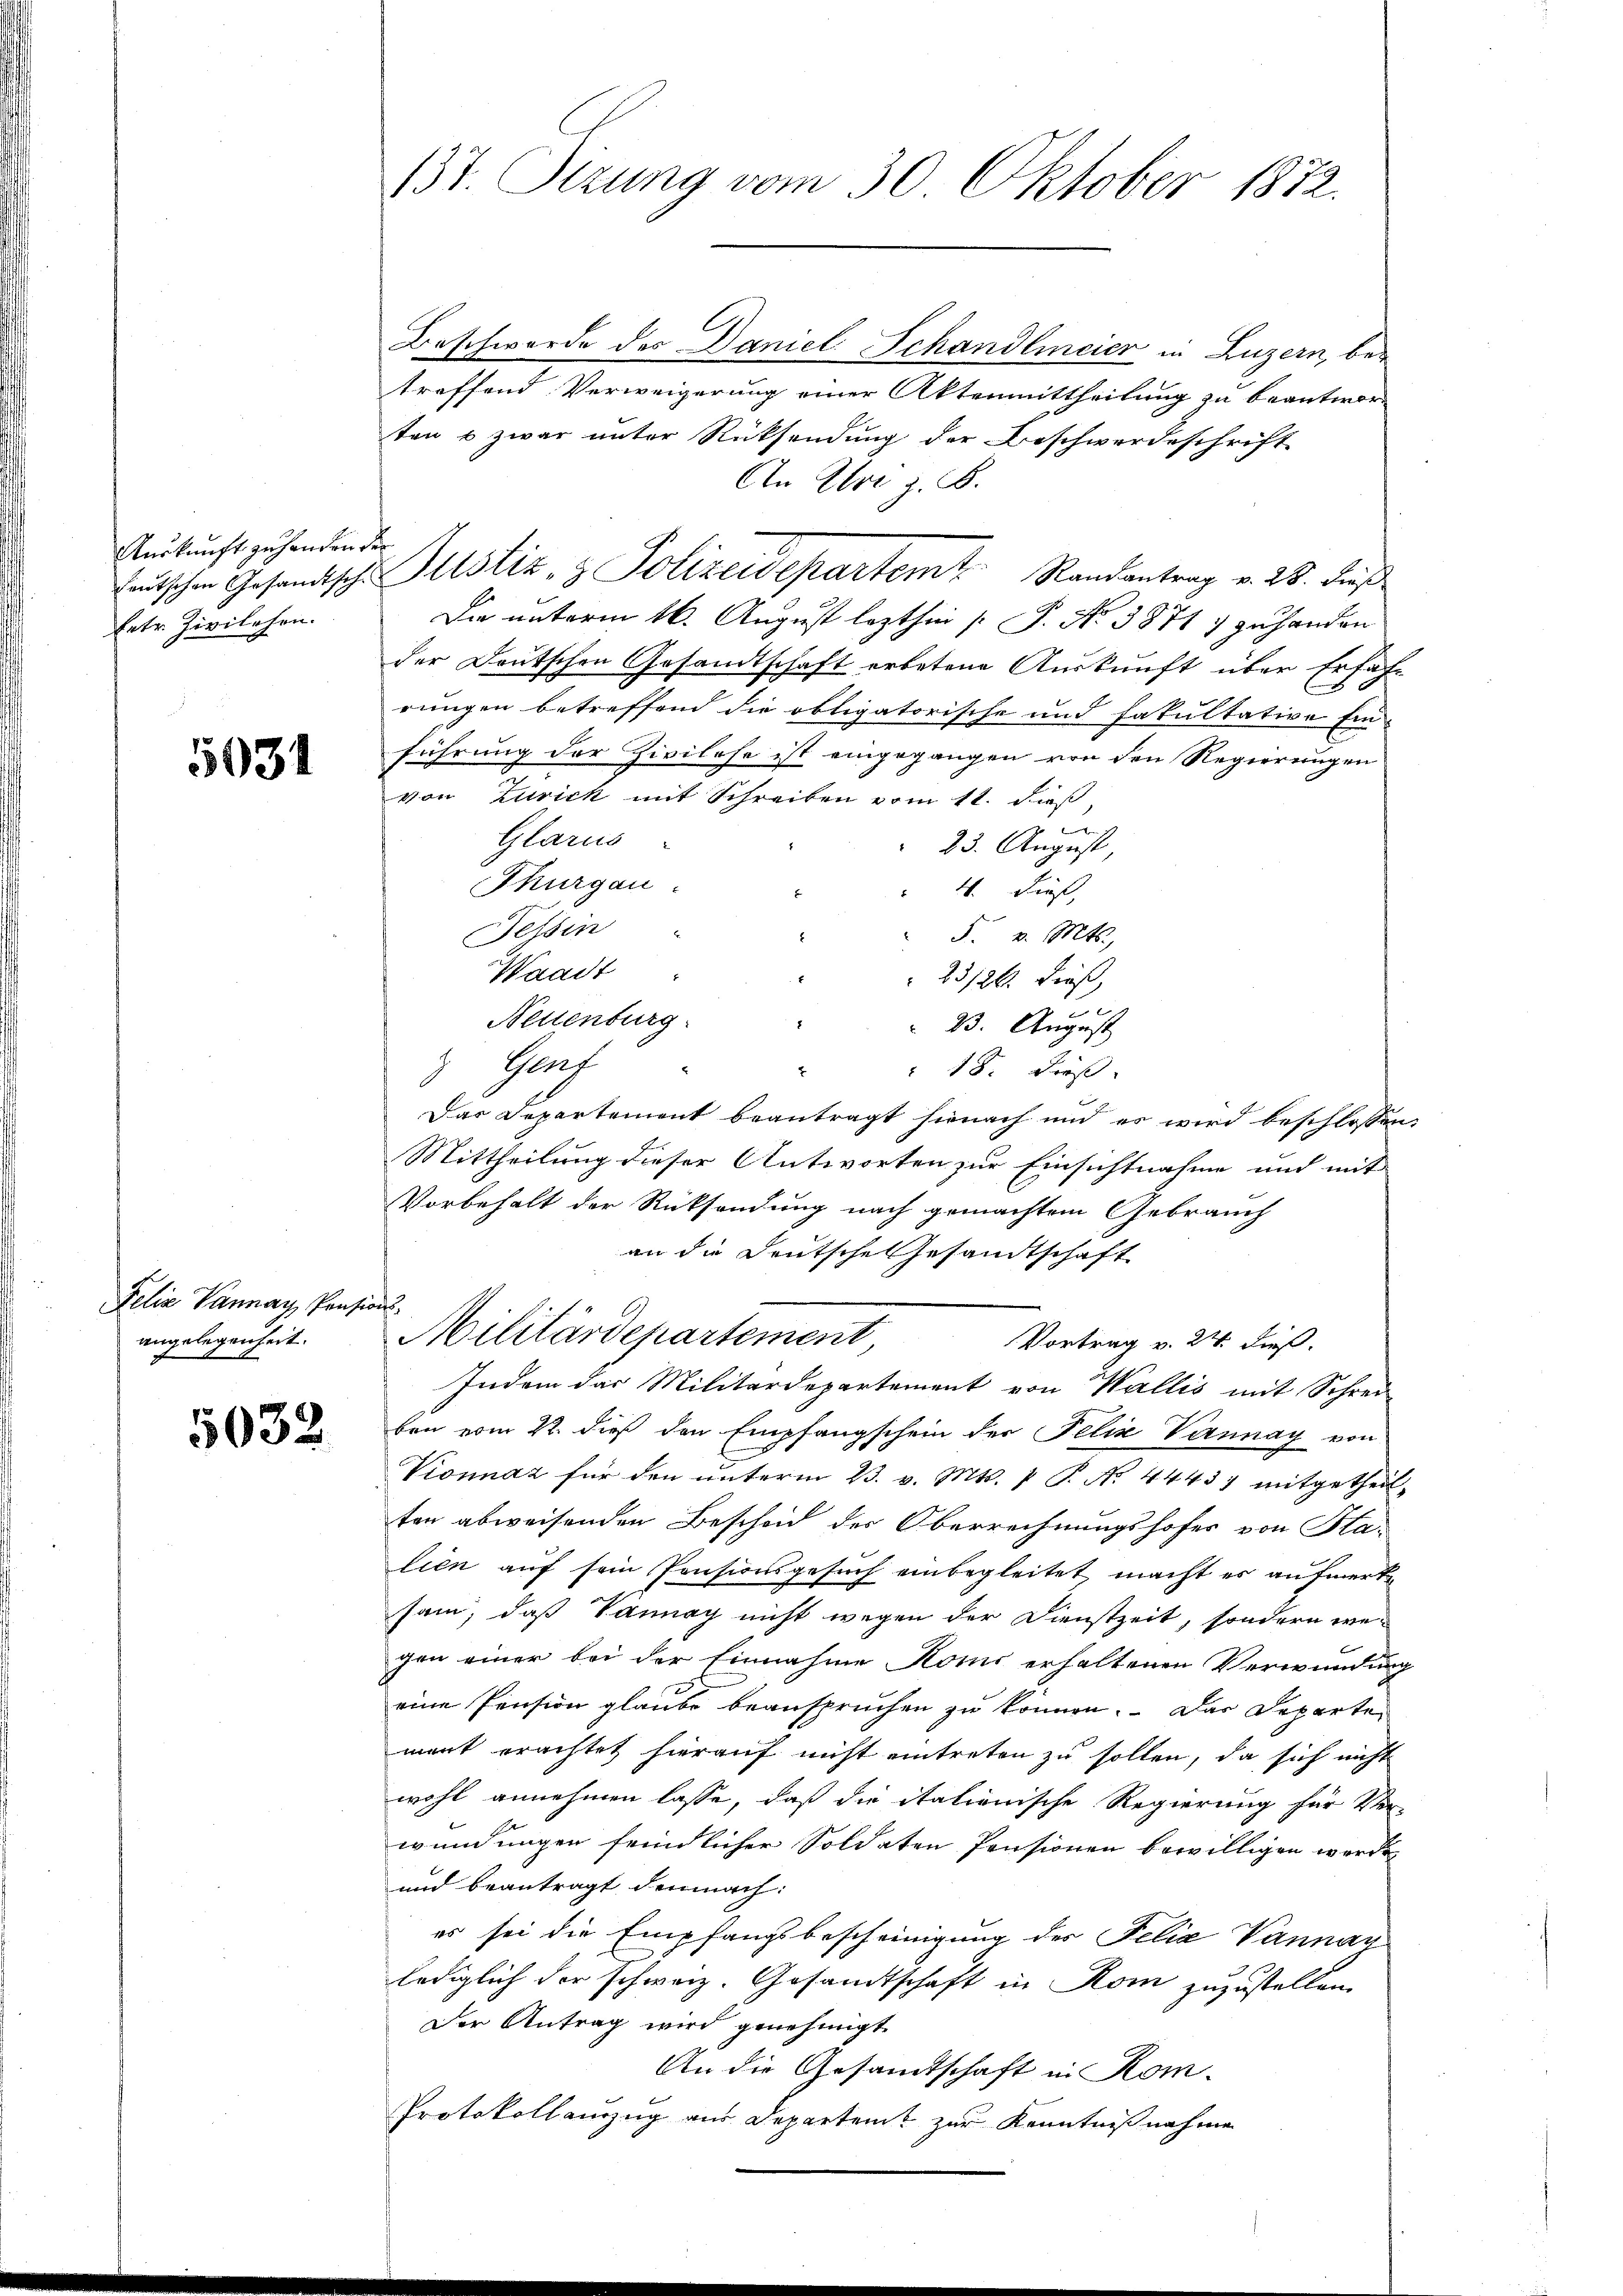
Auskunft zu handen der
Ertr. Zivilehen.

5031

Felix Vannay, Pensions-
angelegenheit.

Beschwerde des Daniel Schandlmeier in Luzern, betreffend Verweigerung einer Aktenmittheilung zu beantwor-
ten & zwar unter Rücksendung der Beschwerdeschrift
An Ihre z. B.
Die unterm 16. August lezthin [ P. No 38717 zuhanden
der Deutschen Gesandtschaft erbetene Auskunft über Erfahrungen betreffend die obligatorische und Fakultative Ein-
führung der Zivilehe ist eingegangen von den Regierungen
von Zurick mit Schreiben vom 11. daß,
Glarus
23. August,
Thurgau.
4. Diest,
Tessin
F. v. Mts.,
Waadt
23/26. dieß,
Neuenburg
23. August
3 Gent
x
 18. dieß.
Das Departement beantragt hienach und es wird beschlossen:
Mittheilung dieser Antworten zur Einsichtnahme und mit
Vorbehalt der Rücksendung nach gemachtem Gebrauch
an die Deutsche Gesandtschaft
Militärdepartement,
Vortrag v. 24. dieß.
Indem das Militärdepartement von Wallis mit Schrei-
82 ben vom 22. dieß den Empfangschein der Felix Verunay von
Vionnaz für den ŭnterm 23. v. Mts. 1 P. No. 44437 mitgetheil-
ten abweisenden Bescheid der Oberrechnungshofes von Halien auf sein Pensionsgesuch einbegleitet, macht es aufmerke
sam, daß Vannay nicht wegen der Dienstzeit, sondern wegen einer bei der Einnahme Komi erhaltenen Verwundung
eine Pension glaube beanspruchen zu können. Das Departe
mant erachtet hierauf nicht eintreten zu sollen, da sich nicht
wohl annehmen lasse, daß die itationische Regierung für Ver-
wundungen feindlicher Soldaten Pensionen bewilligen worde
und beantragt demnach:
es sei die Empfangsbescheinigung des Felia Vannay
lediglich der schweiz. Gesandtschaft in Rom zuzustellen.
Der Antrag wird genehmigt.
An die Gesamtschaft in Kom-
Protokoll anzug aus Departent zur Kenntnißnahme

137. Stzung vom 30. Oktober 1872.

eŭtschen Gesandtsche Altstiz- & Polizeidepartem Randantrag v. 28. dieß